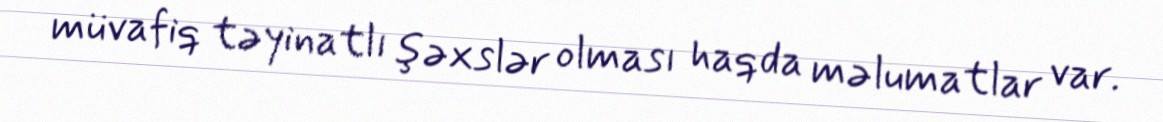
müvafiq təyinatlı şəxslər olması haqda məlumatlar var.